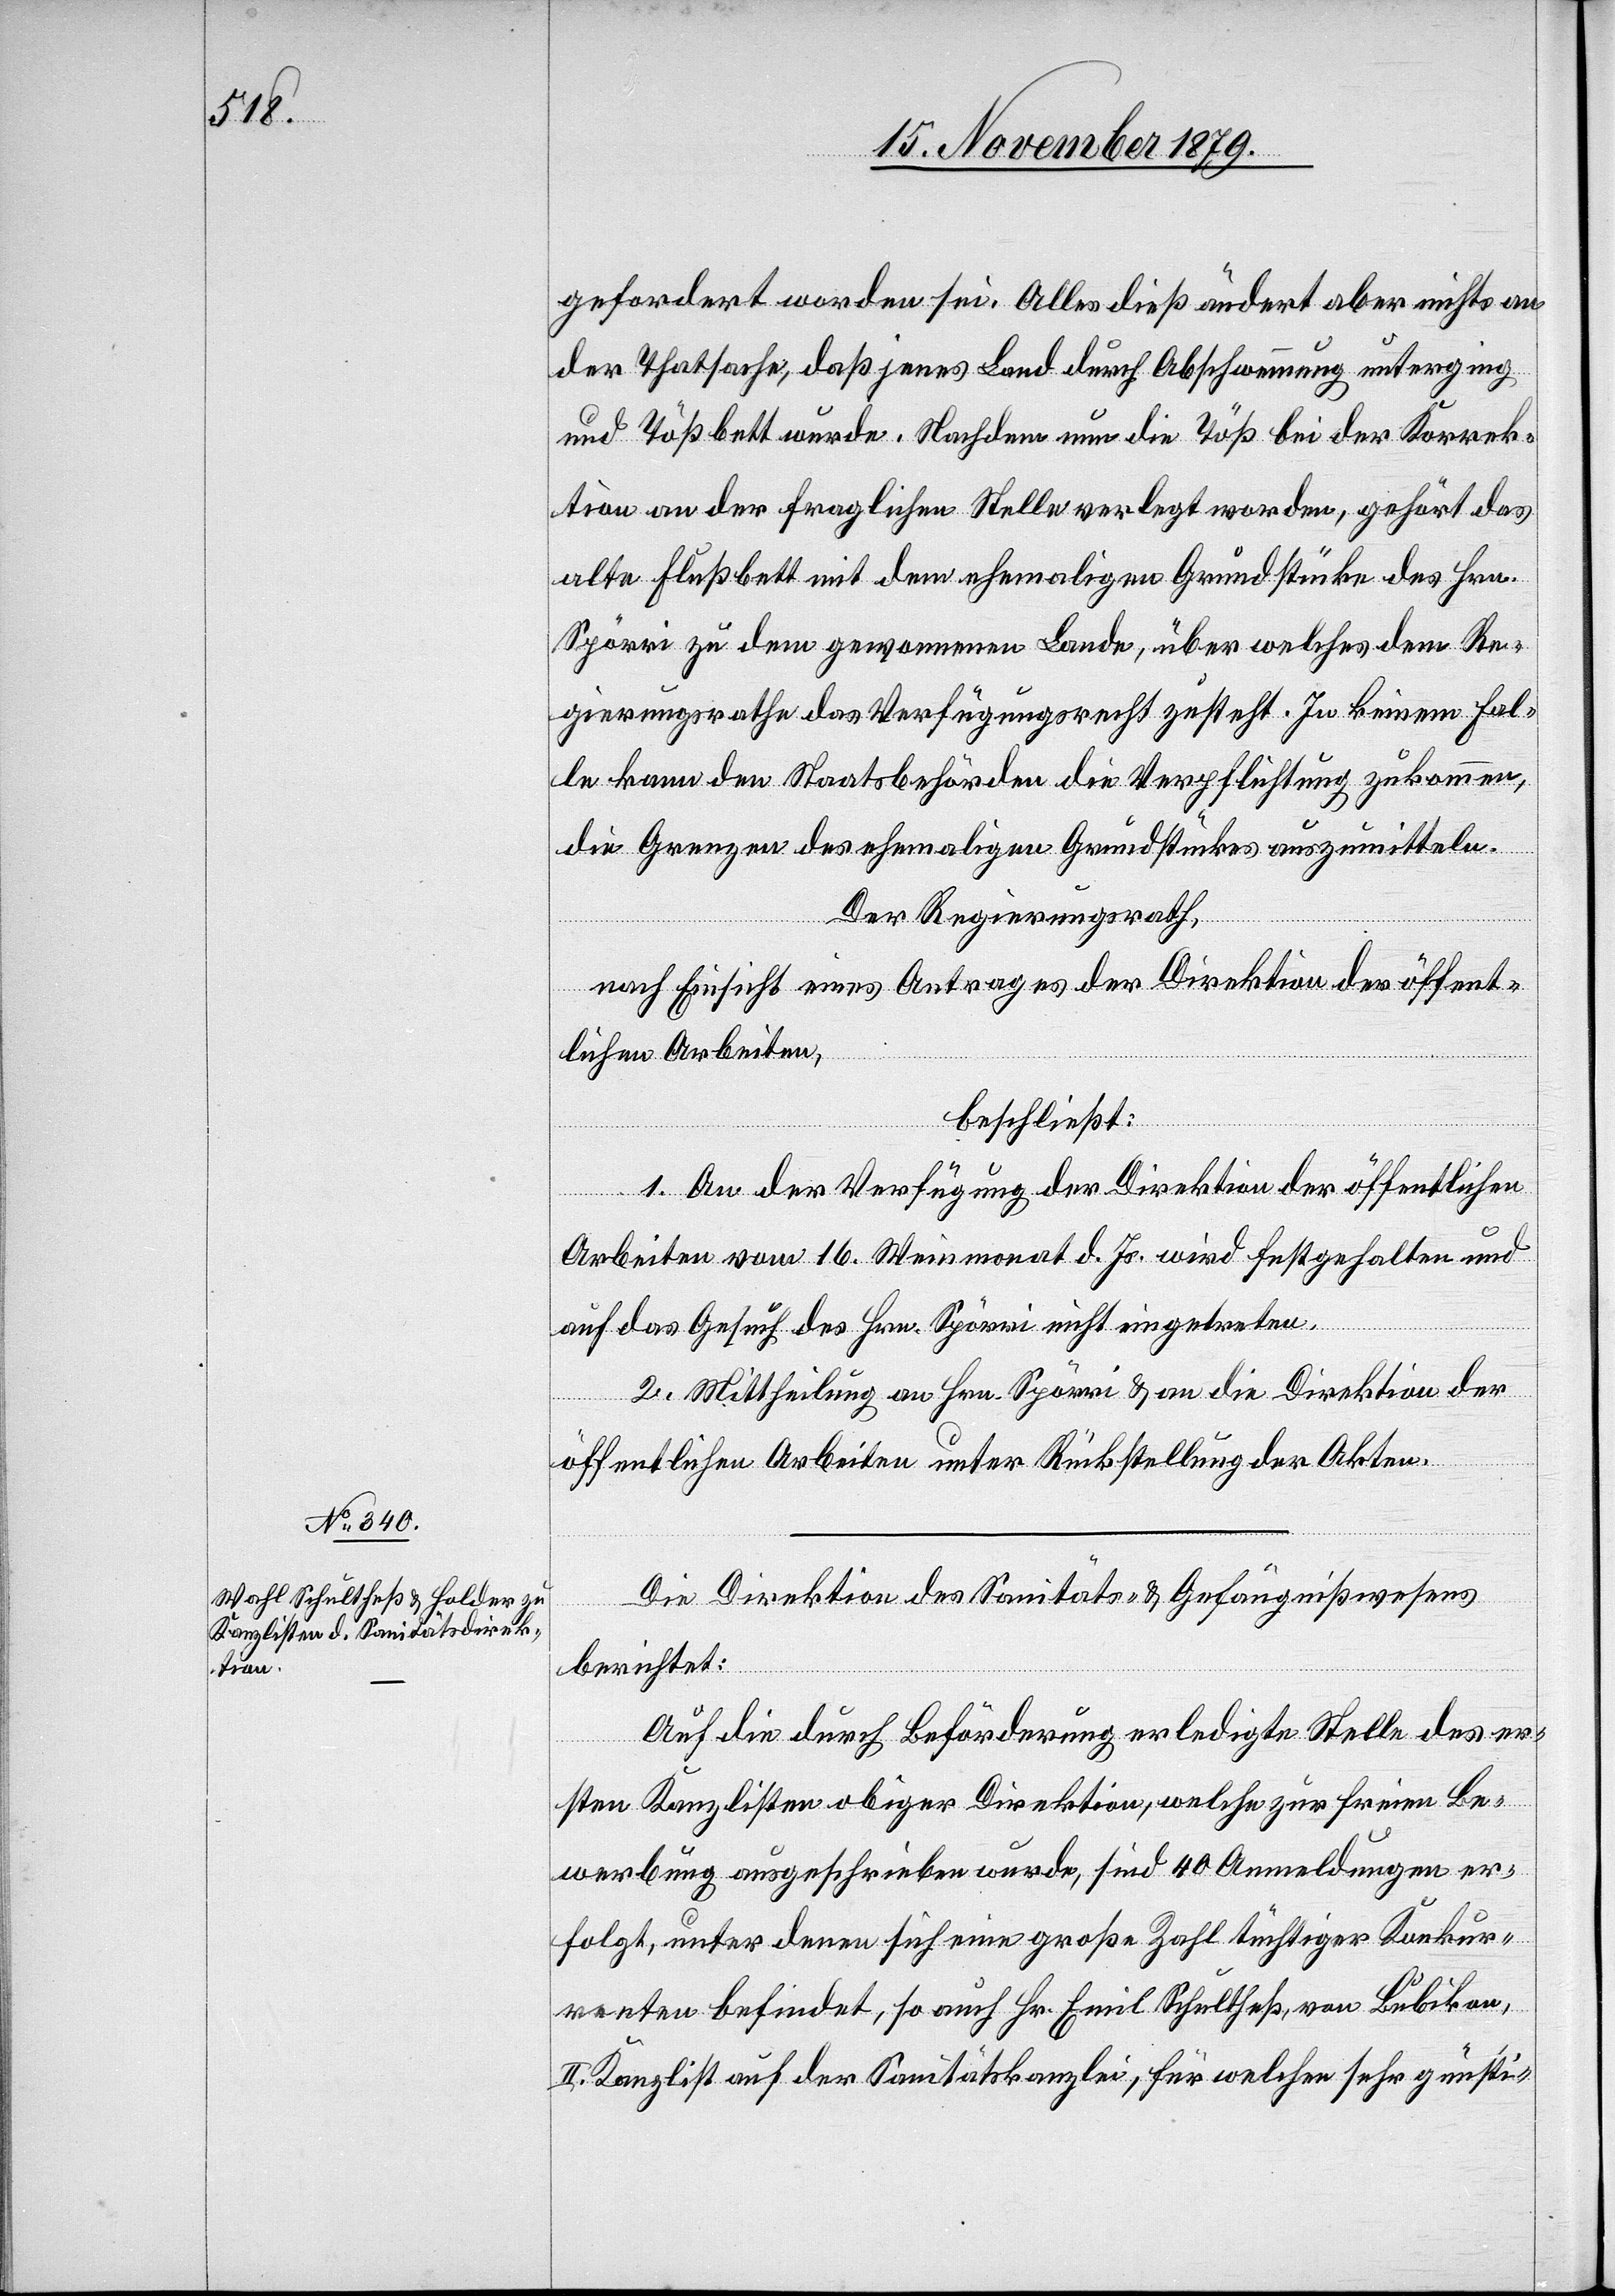
gefordert worden sei. Alles dieß ändert aber nichts an
der Thatsache das jenes Land durch Abschwemmung unterging
und Tößbett wurde. Nachdem nun die Töß bei der Korrek¬
tion an der fraglichen Stelle verlegt worden, gebührt das
alte Flußbett mit dem ehemaligen Grundstücke des Hrn.
Spörri zu dem gewonnenen Lande, über welches dem Re¬
gierungsrathe das Verfügungsrecht zusteht. In keinem Fal¬
le kann den Staatsbehörden die Verpflichtung zukommen,
die Grenzen des ehemaligen Grundstückes auszumitteln.
Der Regierungsrath,
nach Einsicht eines Antrages der Direktion der öffent¬
lichen Arbeiten,
beschließt:
1. An der Verfügung der Direktion der öffentlichen
Arbeiten vom 16. Weinmonat d. Js. wird festgehalten und
auf das Gesuch des Hrn. Spörri nicht eingetreten.
2. Mittheilung an Hrn. Spörri & an die Direktion der
öffentlichen Arbeiten unter Rückstellung der Akten.
Die Direktion des Sanitäts- & Gefängnißwesens
berichtet:
Auf die durch Beförderung erledigte Stelle des er¬
sten Kanzlisten obiger Direktion, welche zur freien Be¬
werbung ausgeschrieben wurde, sind 40 Anmeldungen er¬
folgt, unter denen sich eine große Zahl tüchtiger Konkur¬
renten befindet, so auch Hr. Emil Schultheß, von Bubikon,
II. Kanzlist auf der Sanitätskanzlei, für welchen sehr günsti-